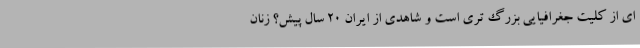
ای از کلیت جغرافیایی بزرگ تری است و شاهدی از ایران 20 سال پیش؟ زنان